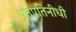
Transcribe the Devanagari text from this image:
पंतप्रतिनीधी